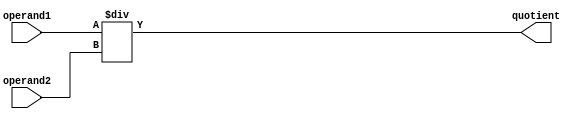
module fixed_point_divider(
    input signed [31:0] operand1,
    input signed [31:0] operand2,
    output reg signed [31:0] quotient
);

reg signed [31:0] dividend;
reg signed [31:0] divisor;
reg signed [31:0] remainder;
reg signed [31:0] temp_result;

always @(*) begin
    dividend = operand1;
    divisor = operand2;
    
    temp_result = dividend / divisor;
    
    quotient = temp_result;
end

endmodule